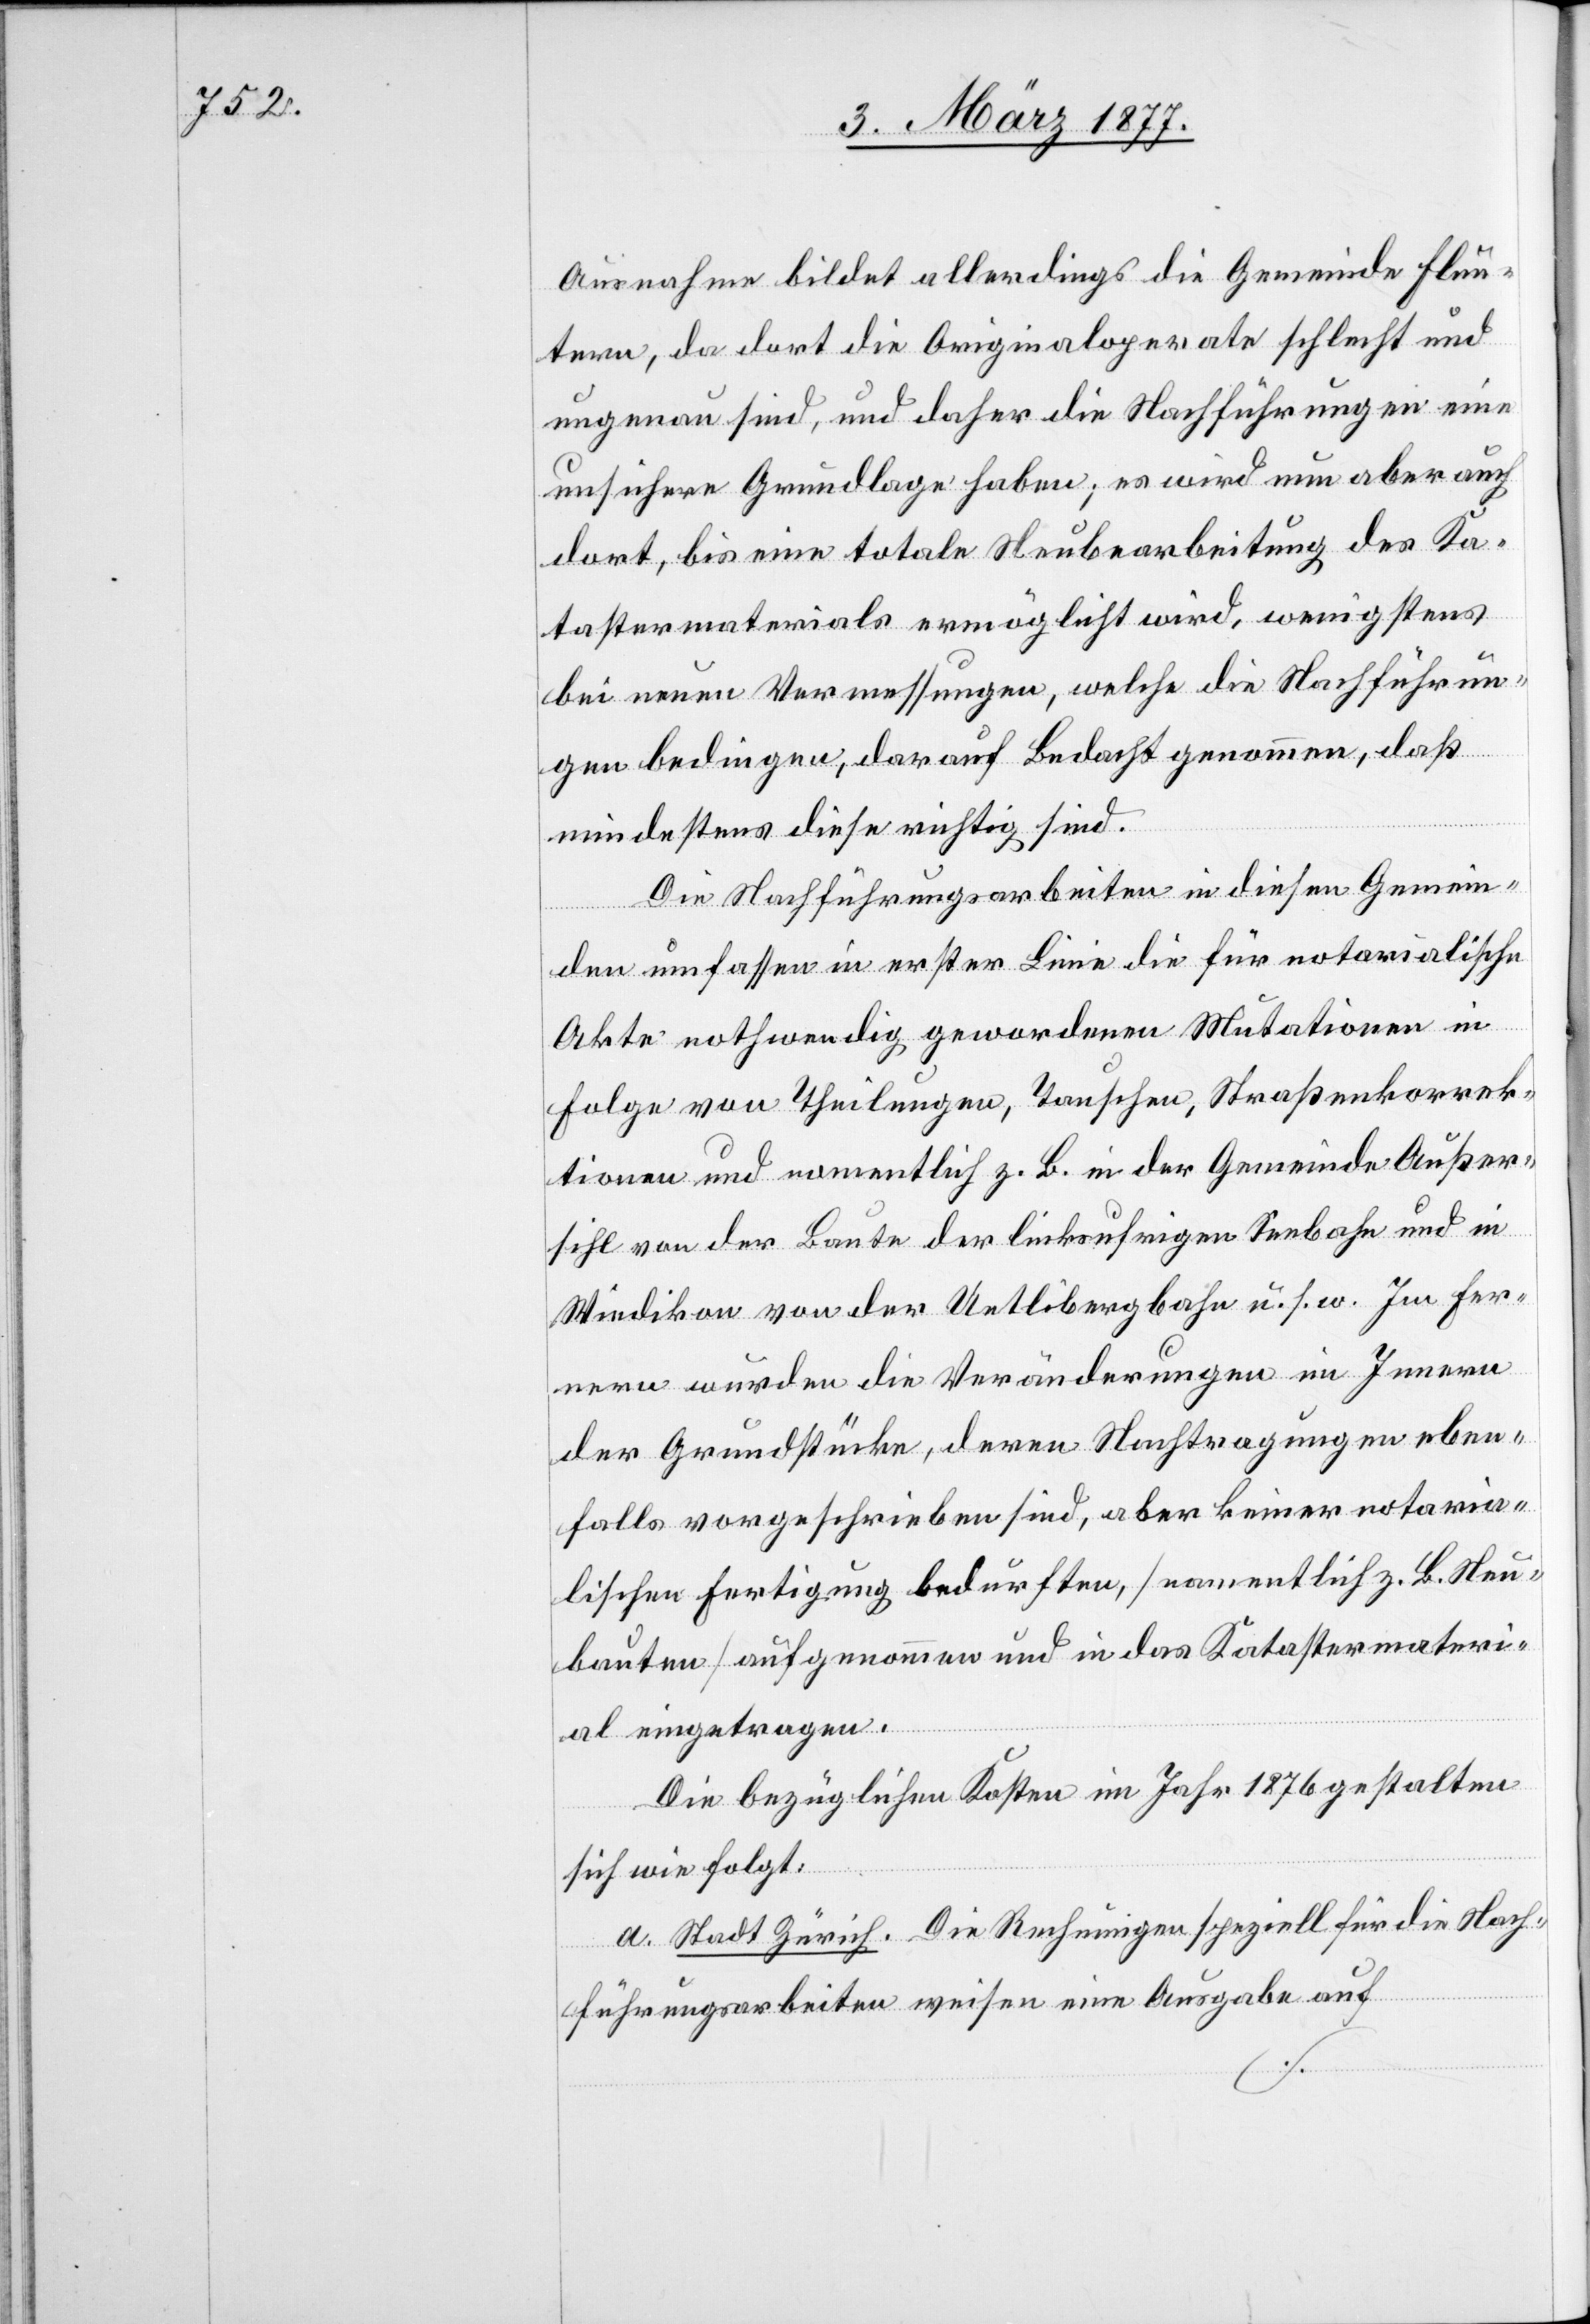
Ausnahme bildet allerdings die Gemeinde Flun¬
tern, da dort die Originaloperate schlecht und
ungenau sind, und daher die Nachführungen eine
unsichere Grundlage haben; es wird nun aber auch
dort, bis eine totale Neubearbeitung des Ka¬
tastermaterials ermöglicht wird, wenigstens
bei neuen Vermessungen, welche die Nachführun¬
gen bedingen, darauf Bedacht genommen, daß
mindestens diese richtig sind.
Die Nachführungsarbeiten in diesen Gemein¬
den umfassen in erster Linie die für notarialische
Akten nothwendig gewordenen Mutationen in
Folge von Theilungen, Tauschen, Straßenkorrek¬
tionen und namentlich z. B. in der Gemeinde Außer¬
sihl von der Baute der linksufrigen Seebahn und in
Wiedikon von der Uetlibergbahn u. s. w. Im Fer¬
nern wurden die Veränderungen im Innern
der Grundstücke, deren Nachtragungen eben¬
falls vorgeschrieben sind, aber keiner notaria¬
lischen Fertigung bedürfen, [namentlich z. B. Neu¬
bauten] aufgenommen und in das Katastermateri¬
al eingetragen.
Die bezüglichen Kosten im Jahr 1876 gestalten
sich wie folgt:
a. Stadt Zürich. Die Rechnungen speziell für die Nach¬
führungsarbeiten weisen eine Ausgabe auf